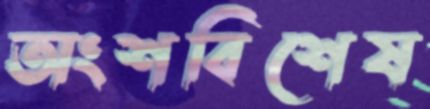
অংশবিশেষ